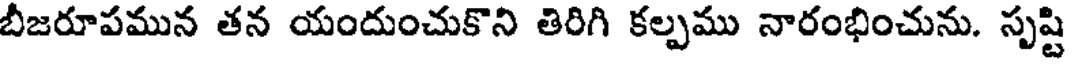
బీజరూపమున తన యందుంచుకొని తిరిగి కల్పము నారంభించును. సృష్టి